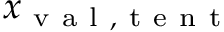
x _ { \mathrm { ~ v ~ a ~ l ~ , ~ t ~ e ~ n ~ t ~ } }